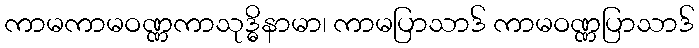
ကာမကာမဝဏ္ဏကာသုဒ္ဓိနာမာ၊ ကာမပြာသာဒ် ကာမဝဏ္ဏပြာသာဒ်